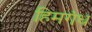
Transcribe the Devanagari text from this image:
हिमगंध